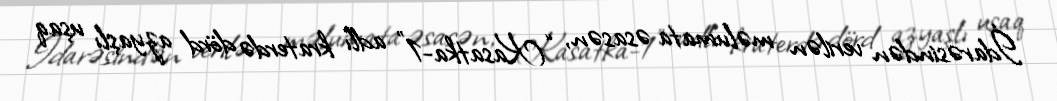
İdarəsindən verilən məlumata əsasən, “Kasatka-1” adlı kraterdə dörd azyaşlı uşaq